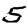
Digit: 5